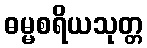
ဓမ္မစရိယသုတ္တ